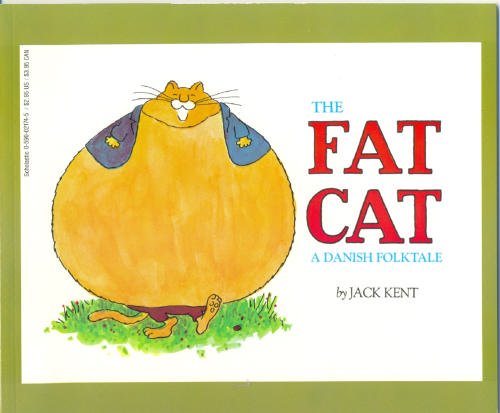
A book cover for The Fat Cat:  A Danish Folktale; Jack Kent; Literature & Fiction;